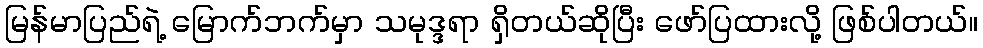
မြန်မာပြည်ရဲ့ မြောက်ဘက်မှာ သမုဒ္ဒရာ ရှိတယ်ဆိုပြီး ဖော်ပြထားလို့ ဖြစ်ပါတယ်။